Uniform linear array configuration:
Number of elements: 64
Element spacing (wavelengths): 0.75
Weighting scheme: hamming
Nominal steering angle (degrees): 15
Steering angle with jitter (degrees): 16.694
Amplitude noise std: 0.05
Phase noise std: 0.05

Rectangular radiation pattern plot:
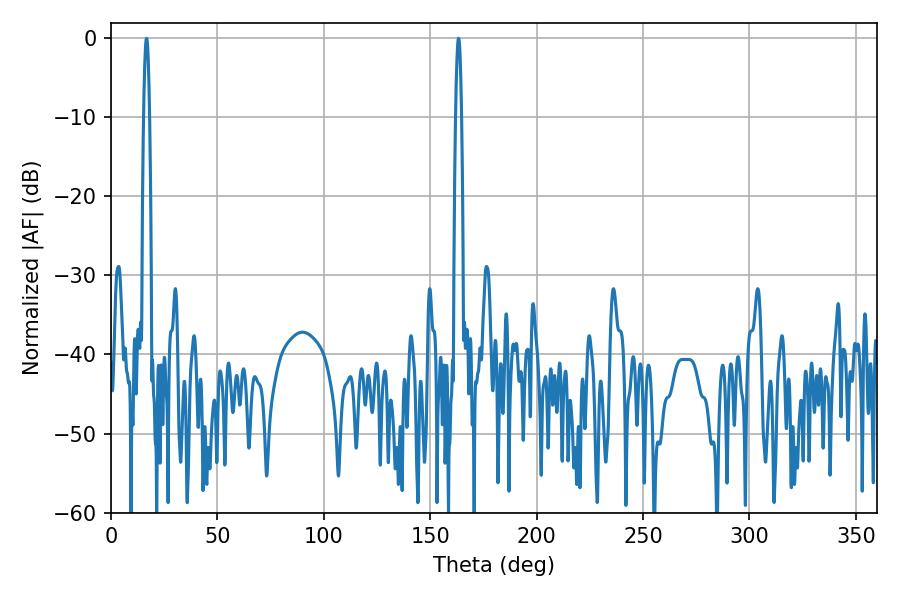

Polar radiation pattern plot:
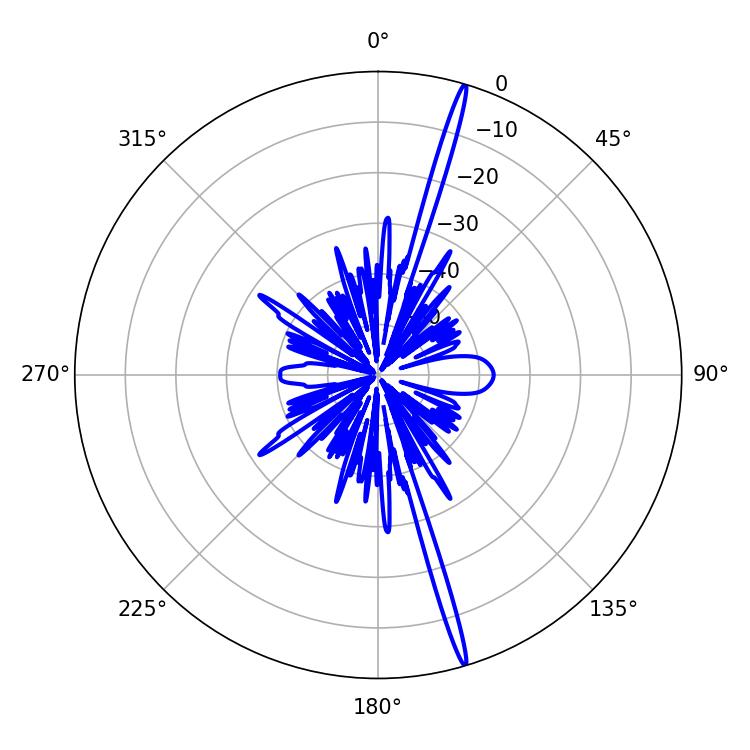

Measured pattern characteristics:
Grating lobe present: TRUE
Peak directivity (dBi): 20.674
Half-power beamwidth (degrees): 1.44
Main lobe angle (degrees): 16.74